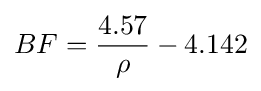
BF={\frac {4.57}{\rho }}-4.142